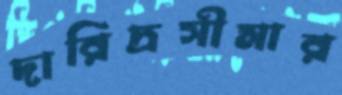
দারিদ্রসীমার